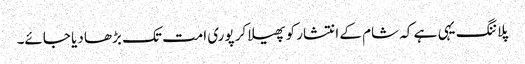
پلاننگ یہی ہے کہ شام کے انتشار کو پھیلا کر پوری امت تک بڑھا دیا جائے۔